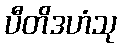
ပီတိဒဟံသု